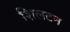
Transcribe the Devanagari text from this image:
शिलटन